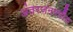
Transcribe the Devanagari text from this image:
अंतरजनपदीय